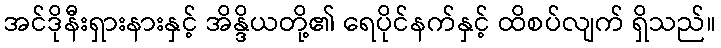
အင်ဒိုနီးရှားနားနှင့် အိန္ဒိယတို့၏ ရေပိုင်နက်နှင့် ထိစပ်လျက် ရှိသည်။